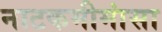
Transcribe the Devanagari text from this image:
नाटकमीमांसा